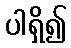
ပါရှိ၍